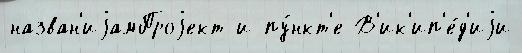
назван'иjамПроjект и пу́нкт'е В'ик'ип'е́д'иjи